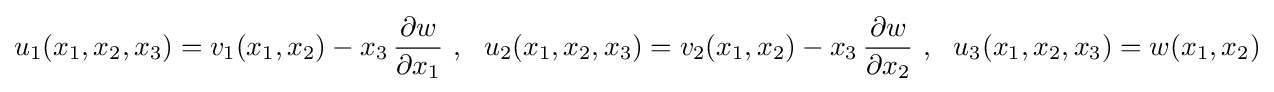
u_{1}(x_{1},x_{2},x_{3})=v_{1}(x_{1},x_{2})-x_{3}\,{\frac {\partial w}{\partial x_{1}}}~,~~u_{2}(x_{1},x_{2},x_{3})=v_{2}(x_{1},x_{2})-x_{3}\,{\frac {\partial w}{\partial x_{2}}}~,~~u_{3}(x_{1},x_{2},x_{3})=w(x_{1},x_{2})